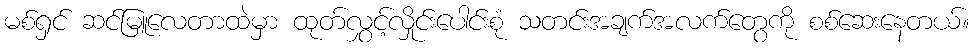
မစ်ရှင် ဆင်မြူလေတာထဲမှာ ထုတ်လွှင့်လှိုင်းပေါင်းစုံ သတင်းအချက်အလက်တွေကို စစ်ဆေးနေတယ်။